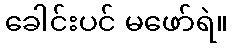
ခေါင်းပင် မဖော်ရဲ။